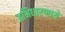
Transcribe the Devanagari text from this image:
अभिधारणायें